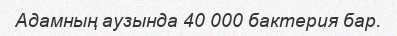
Адамның аузында 40 000 бактерия бар.